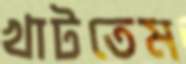
খাটতেম